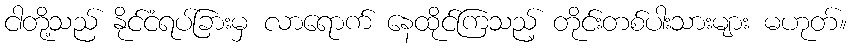
ငါတို့သည် နိုင်ငံရပ်ခြားမှ လာရောက် နေထိုင်ကြသည့် တိုင်းတစ်ပါးသားများ မဟုတ်။